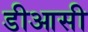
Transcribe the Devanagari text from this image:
डीआसी